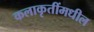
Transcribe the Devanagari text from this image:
कलाकृतींमधील